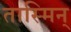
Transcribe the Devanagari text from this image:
तास्मिन्